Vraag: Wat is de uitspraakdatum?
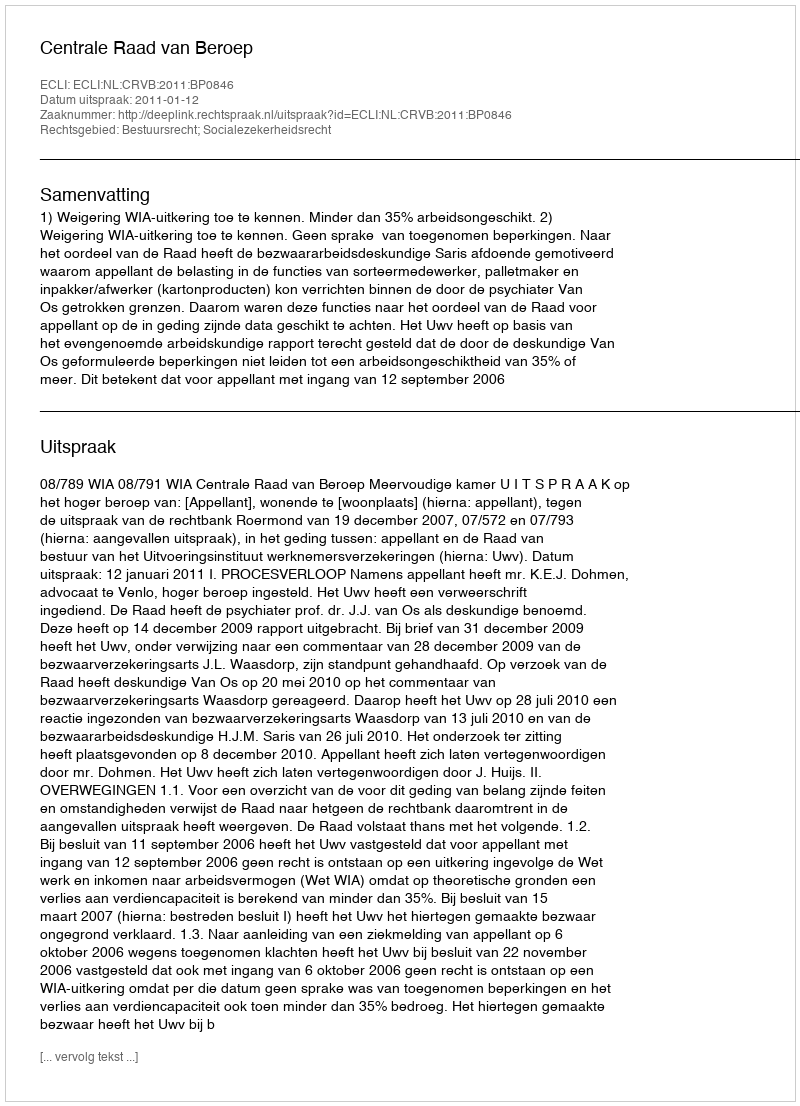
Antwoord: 2011-01-12